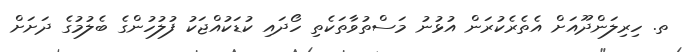
ތ. ހިރިލަންދޫއަށް އެތެރެކުރަން އުޅުނު މަސްތުވާތަކެތި ހޯދައި ކުޑަކުއްޖަކު ފުލުހުންގެ ބެލުމުގެ ދަށަށް